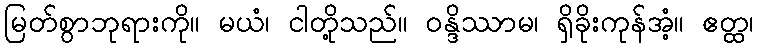
မြတ်စွာဘုရားကို။ မယံ၊ ငါတို့သည်။ ဝန္ဒိဿာမ၊ ရှိခိုးကုန်အံ့။ ဧတ္ထ၊